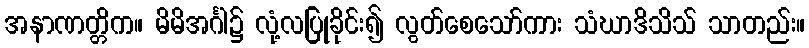
အနာဏတ္တိက။ မိမိအင်္ဂါ၌ လုံ့လပြုခိုင်း၍ လွတ်စေသော်ကား သံဃာဒိသိသ် သာတည်း။